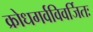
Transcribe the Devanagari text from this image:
क्रोधगर्वविवर्जितः